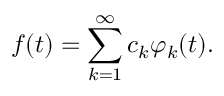
f ( t ) = \sum _ { k = 1 } ^ { \infty } c _ { k } \varphi _ { k } ( t ) .